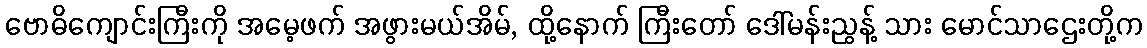
ဗောဓိကျောင်းကြီးကို အမေ့ဖက် အဖွားမယ်အိမ်, ထို့နောက် ကြီးတော် ဒေါ်မန်းညွန့် သား မောင်သာဌေးတို့က